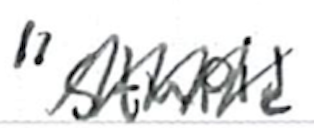
Text: "stupid
Cross-out: zig-zag
Writing tool: ballpoint